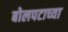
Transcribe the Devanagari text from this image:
बोलपटाच्या